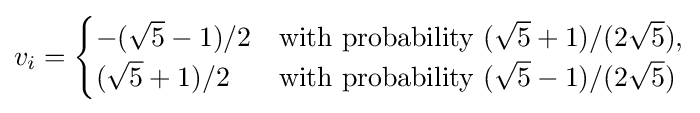
v_{i}={\begin{cases}-({\sqrt {5}}-1)/2&{\text{with probability }}({\sqrt {5}}+1)/(2{\sqrt {5}}),\\({\sqrt {5}}+1)/2&{\text{with probability }}({\sqrt {5}}-1)/(2{\sqrt {5}})\end{cases}}